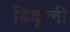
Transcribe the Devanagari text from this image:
ढिंकुली